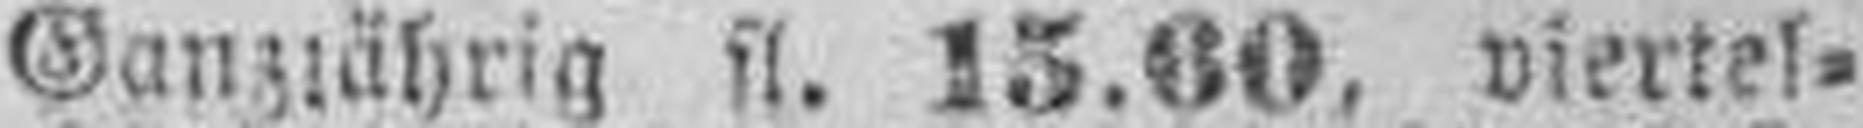
Ganzjährig fl. 15.60, viertel¬